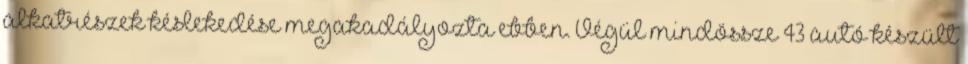
alkatrészek késlekedése megakadályozta ebben. Végül mindössze 43 autó készült